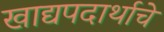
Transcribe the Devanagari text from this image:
खाद्यपदार्थाचे